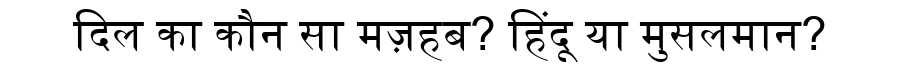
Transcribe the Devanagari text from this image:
दिल का कौन सा मज़हब? हिंदू या मुसलमान?